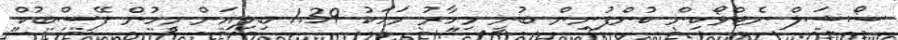
ސޯޝަލް ނެޓްވޯކިން ކުންފުނިން ބުނީ މިހާރު މަހަކު 1.39 ބިލިއަން މީހުން ފޭސްބުކް